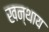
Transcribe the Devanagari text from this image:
खन्थाय